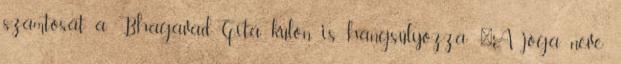
szamtósát a Bhagavad-Gítá külön is hangsúlyozza: "A jóga neve: